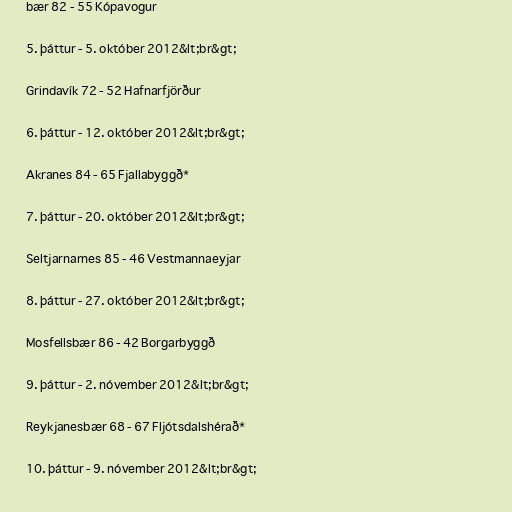
bær 82 - 55 Kópavogur

5. þáttur - 5. október 2012&lt;br&gt;

Grindavík 72 - 52 Hafnarfjörður

6. þáttur - 12. október 2012&lt;br&gt;

Akranes 84 - 65 Fjallabyggð*

7. þáttur - 20. október 2012&lt;br&gt;

Seltjarnarnes 85 - 46 Vestmannaeyjar

8. þáttur - 27. október 2012&lt;br&gt;

Mosfellsbær 86 - 42 Borgarbyggð

9. þáttur - 2. nóvember 2012&lt;br&gt;

Reykjanesbær 68 - 67 Fljótsdalshérað*

10. þáttur - 9. nóvember 2012&lt;br&gt;